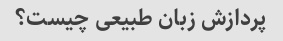
پردازش زبان طبیعی چیست؟